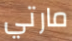
مارتي